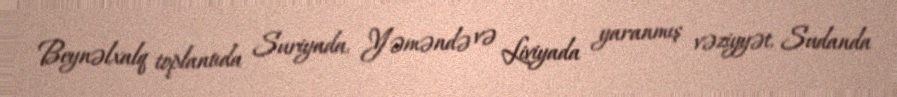
Beynəlxalq toplantıda Suriyada, Yəməndə və Liviyada yaranmış vəziyyət, Sudanda